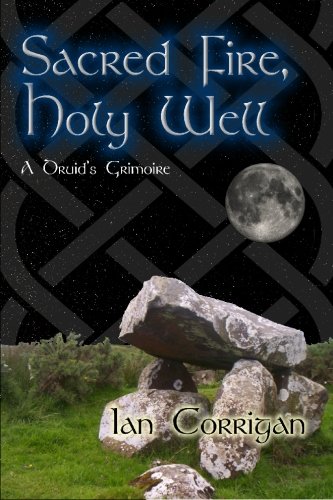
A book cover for Sacred Fire, Holy Well: A Druid's Grimoire; Ian Corrigan; Religion & Spirituality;